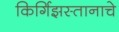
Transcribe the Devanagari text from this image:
किर्गिझस्तानाचे